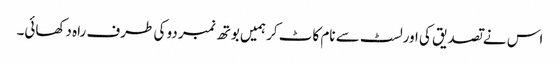
اس نے تصدیق کی اورلسٹ سے نام کاٹ کر ہمیں بوتھ نمبر دو کی طرف راہ دکھائی۔